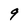
Character: 9